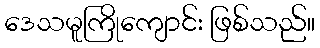
ဒေသမူကြိုကျောင်း ဖြစ်သည်။